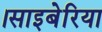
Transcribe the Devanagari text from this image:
।साइबेरिया